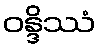
ဝန္ဒိဿံ